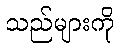
သည်များကို